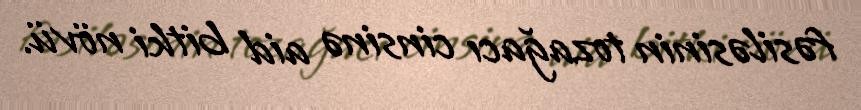
fəsiləsinin tozağacı cinsinə aid bitki növü.